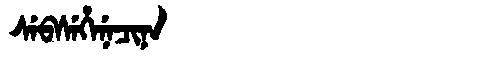
Manchu: ᠰᡝᠪᠰᡝᡥᡝᠨᡝᠴᡳᠨᠠ
Romanization: SEBSEHENECINA